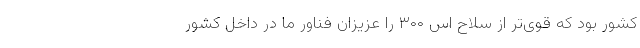
کشور بود که قوی‌تر از سلاح اس ۳۰۰ را عزیزان فناور ما در داخل کشور